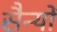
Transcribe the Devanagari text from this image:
सैन्यों